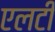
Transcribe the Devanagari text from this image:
एलटी